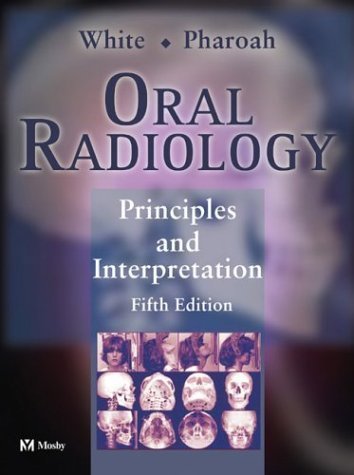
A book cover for Oral Radiology: Principles and Interpretation, 5e 5th edition by PhD, Stuart C. White DDS ; DDS, Michael J. Pharoah published by Mosby Hardcover; Medical Books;